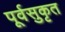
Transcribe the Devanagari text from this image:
पूर्वसुकृत